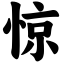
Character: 惊